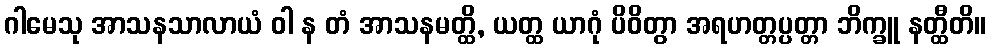
ဂါမေသု အာသနသာလာယံ ဝါ န တံ အာသနမတ္ထိ, ယတ္ထ ယာဂုံ ပိဝိတွာ အရဟတ္တပ္ပတ္တာ ဘိက္ခူ နတ္ထီတိ။